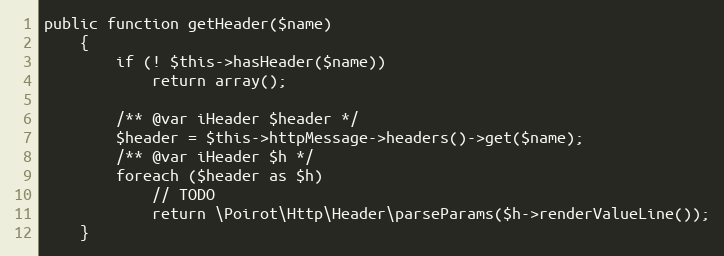
Language: PHP
public function getHeader($name)
    {
        if (! $this->hasHeader($name))
            return array();

        /** @var iHeader $header */
        $header = $this->httpMessage->headers()->get($name);
        /** @var iHeader $h */
        foreach ($header as $h)
            // TODO
            return \Poirot\Http\Header\parseParams($h->renderValueLine());
    }